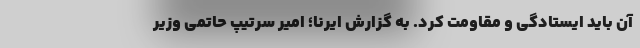
آن باید ایستادگی و مقاومت کرد. به گزارش ایرنا؛ امیر سرتیپ حاتمی وزیر